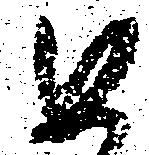
如